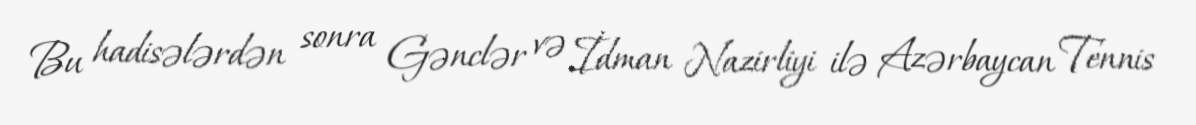
Bu hadisələrdən sonra Gənclər və İdman Nazirliyi ilə Azərbaycan Tennis